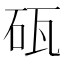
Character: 砙